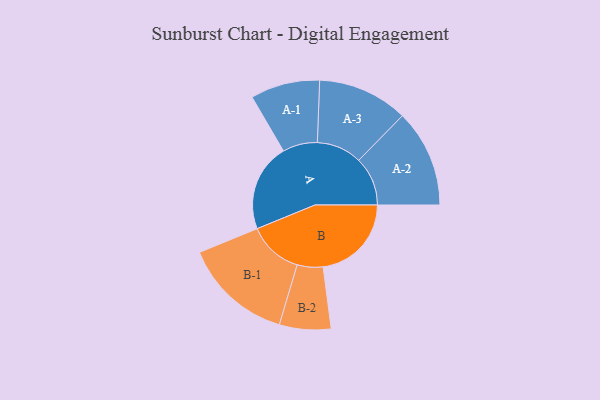
{"axis": {"x": "Segment", "y": "Value"}, "legend": ["", "A", "B"], "data": [{"x": "A", "y": 460, "type": ""}, {"x": "B", "y": 463, "type": ""}, {"x": "A-1", "y": 182, "type": "A"}, {"x": "A-2", "y": 256, "type": "A"}, {"x": "A-3", "y": 237, "type": "A"}, {"x": "B-1", "y": 287, "type": "B"}, {"x": "B-2", "y": 135, "type": "B"}]}